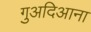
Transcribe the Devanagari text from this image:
गुअदिआना